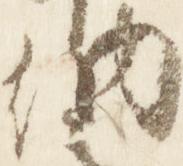
納